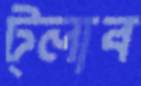
ট্লাব